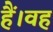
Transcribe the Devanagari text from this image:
हैं।वह